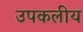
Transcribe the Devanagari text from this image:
उपकलीय